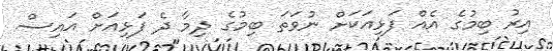
އިރު ބިމުގެ އެއް ފަޅިއަކަށް ނުވަތަ ބިމުގެ ދިމާ ދެ ފަޅިއަށް އައިސް